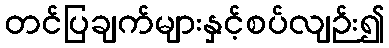
တင်ပြချက်များနှင့်စပ်လျဉ်း၍